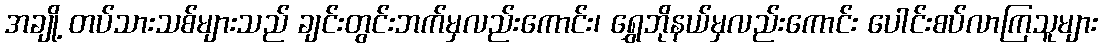
အချို့ တပ်သားသစ်များသည် ချင်းတွင်းဘက်မှလည်းကောင်း၊ ရွှေဘိုနယ်မှလည်းကောင်း ပေါင်းစပ်လာကြသူများ